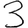
Digit: 3